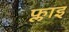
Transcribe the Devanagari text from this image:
फ्लाइ